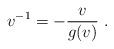
LaTeX: \begin{align*}v^{-1}=-\frac{v}{g(v)}~.\end{align*}